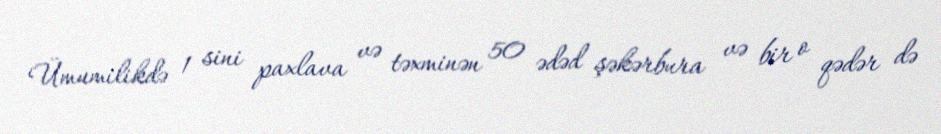
Ümumilikdə 1 sini paxlava və təxminən 50 ədəd şəkərbura və bir o qədər də